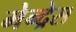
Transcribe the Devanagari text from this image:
मेन्द्रेस